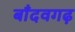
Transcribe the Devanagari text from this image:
बाँदवगढ़